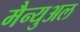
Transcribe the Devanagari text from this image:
मैन्‍युअल